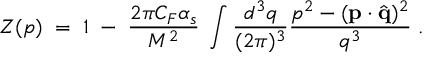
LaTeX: Z ( p ) \; = \; 1 \; - \; { \frac { 2 \pi C _ { F } \alpha _ { s } } { M ^ { 2 } } } \; \int { \frac { d ^ { 3 } q } { ( 2 \pi ) ^ { 3 } } } { \frac { p ^ { 2 } - ( { \bf p } \cdot { \hat { \bf q } } ) ^ { 2 } } { q ^ { 3 } } } \; .